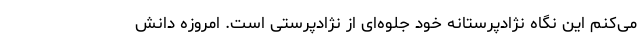
می‌کنم این نگاه نژادپرستانه خود جلوه‌ای از نژادپرستی است. امروزه دانش